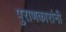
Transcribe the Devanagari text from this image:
पुराणकारांनी